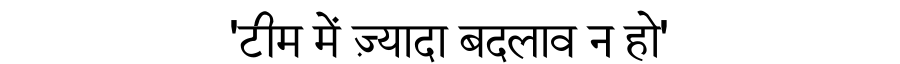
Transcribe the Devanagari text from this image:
'टीम में ज़्यादा बदलाव न हो'